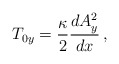
\begin{align*}T_{0y} = {\kappa \over 2} {d A_y^2 \over d x} \, ,\end{align*}